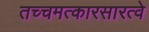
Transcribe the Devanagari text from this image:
तच्चमत्कारसारत्वे